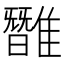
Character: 𩀿